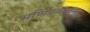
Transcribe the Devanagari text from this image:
मणिप्रवाळम्